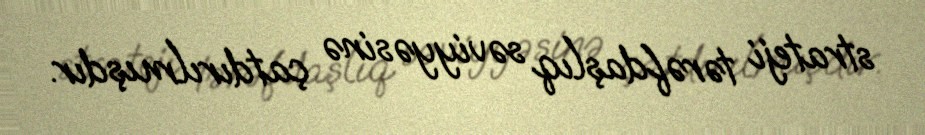
strateji tərəfdaşlıq səviyyəsinə çatdırılmışdır.